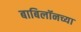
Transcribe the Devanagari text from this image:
बाबिलॉनच्या